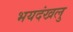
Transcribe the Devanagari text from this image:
भयदंखलु